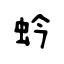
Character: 蚙